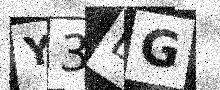
Text: Y3LG